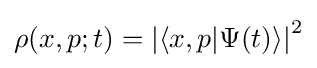
\rho (x,p;t)=\left|\langle x,p|\Psi (t)\rangle \right|^{2}